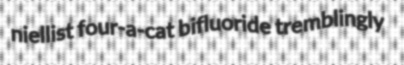
niellist four-a-cat bifluoride tremblingly